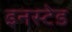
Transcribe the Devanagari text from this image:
इनस्टेड